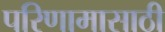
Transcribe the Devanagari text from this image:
परिणामासाठी